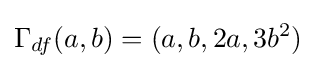
\Gamma _{df}(a,b)=(a,b,2a,3b^{2})